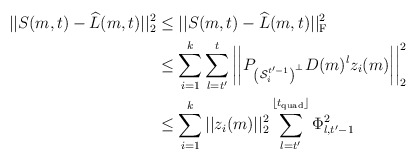
\begin{align*} ||S(m,t) - \widehat{L}(m, t)||_2^2 & \leq ||S(m,t) - \widehat{L}(m, t)||_{\rm F}^2 \\ & \leq \sum_{i=1}^k \sum_{l=t'}^{t} \left| \left| P_{\left({\mathcal S}_i^{t' - 1}\right)^\perp} D(m)^{l} z_i(m) \right| \right|_2^2 \\& \leq \sum_{i=1}^k ||z_i(m)||_2^2 \sum_{l=t'}^{\lfloor t_{\rm quad} \rfloor} \Phi_{l, t'-1}^2 \end{align*}